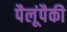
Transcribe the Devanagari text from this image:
पैलूंपैकी